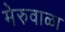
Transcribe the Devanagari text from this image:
मेरुवाळा